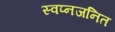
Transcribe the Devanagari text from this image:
स्वप्नजनित